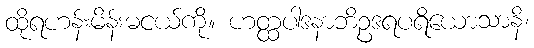
ထိုရဟန်းမိန်းမငယ်ကို။ ဟတ္ထပါဒနာဘိဥဒရပရိယောသာနိ၊